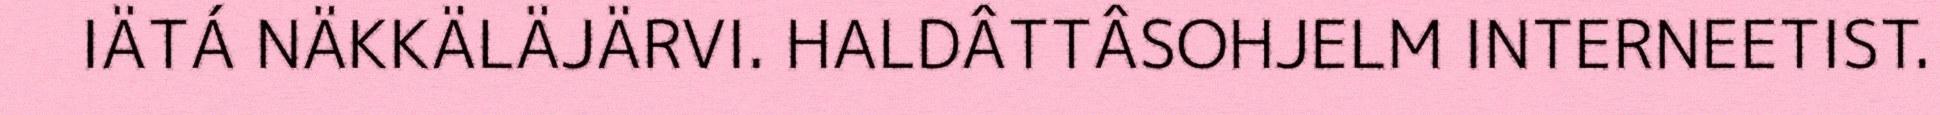
IÄTÁ NÄKKÄLÄJÄRVI. HALDÂTTÂSOHJELM INTERNEETIST.